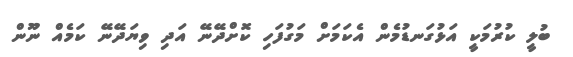
ބުލީ ކުރުމަކީ އަޅުގަނޑުމެން އެކަމަށް މަގުފަހި ކޮށްދޭނޭ އަދި ވިޔަދޭނޭ ކަމެއް ނޫން